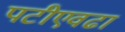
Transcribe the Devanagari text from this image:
पटीएवढा